Lunatic asylums in Bengal annual reports 1899-1911 - 1899-1911
Year: 1899
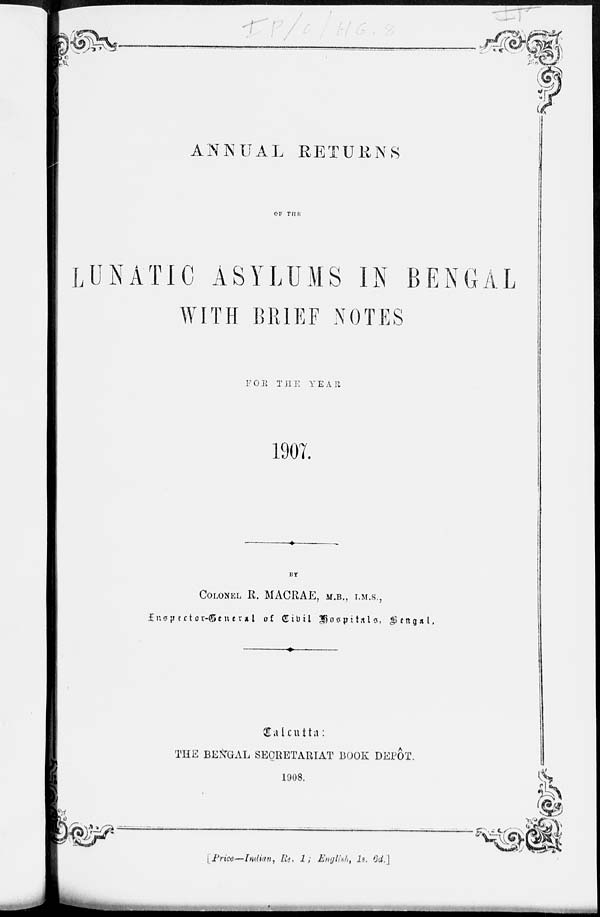
ANNUAL RETURNS
OF THE
LUNATIC ASYLUMS IN BENGAL
WITH BRIEF NOTES
FOR THE
YEAR
1907.
BY
COLONEL R. MACRAE, M.B., I.M.S.,
Inspector-General of Civil Hospitals, Bengal.
Calcutta :
THE BENGAL SECRETARIAT BOOK DEPÔT.
1908.
Price—Indian, Re. 1 ; English, 1s. 6d.]